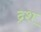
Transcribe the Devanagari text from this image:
द्रश